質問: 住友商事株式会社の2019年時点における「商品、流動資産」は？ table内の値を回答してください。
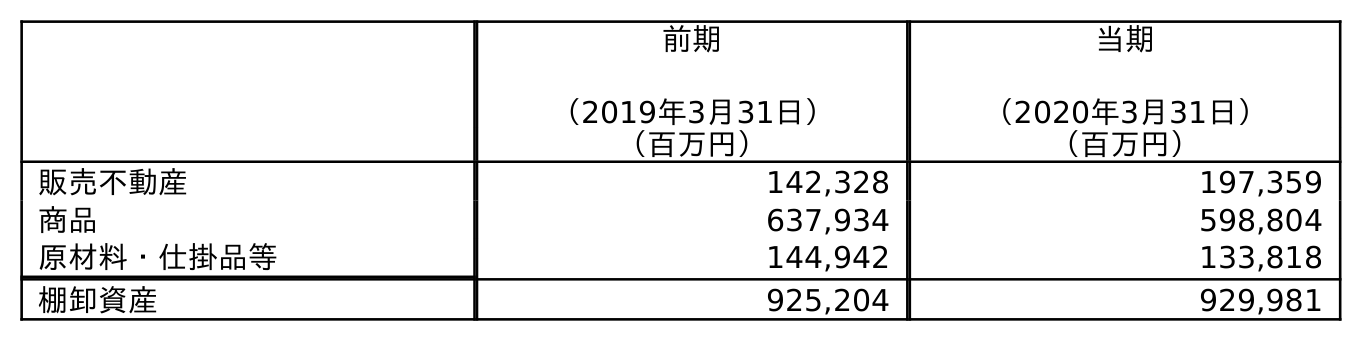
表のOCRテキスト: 前期 （2019年3月31日） 当期 （2020年3月31日） （百万円） （百万円） 販売不動産 142,328 197,359 商品 637,934 598,804 原材料・仕掛品等 144,942 133,818 棚卸資産 925,204 929,981
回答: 637,934